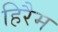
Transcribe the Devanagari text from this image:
हिरैम